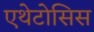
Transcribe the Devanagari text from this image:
एथेटोसिस